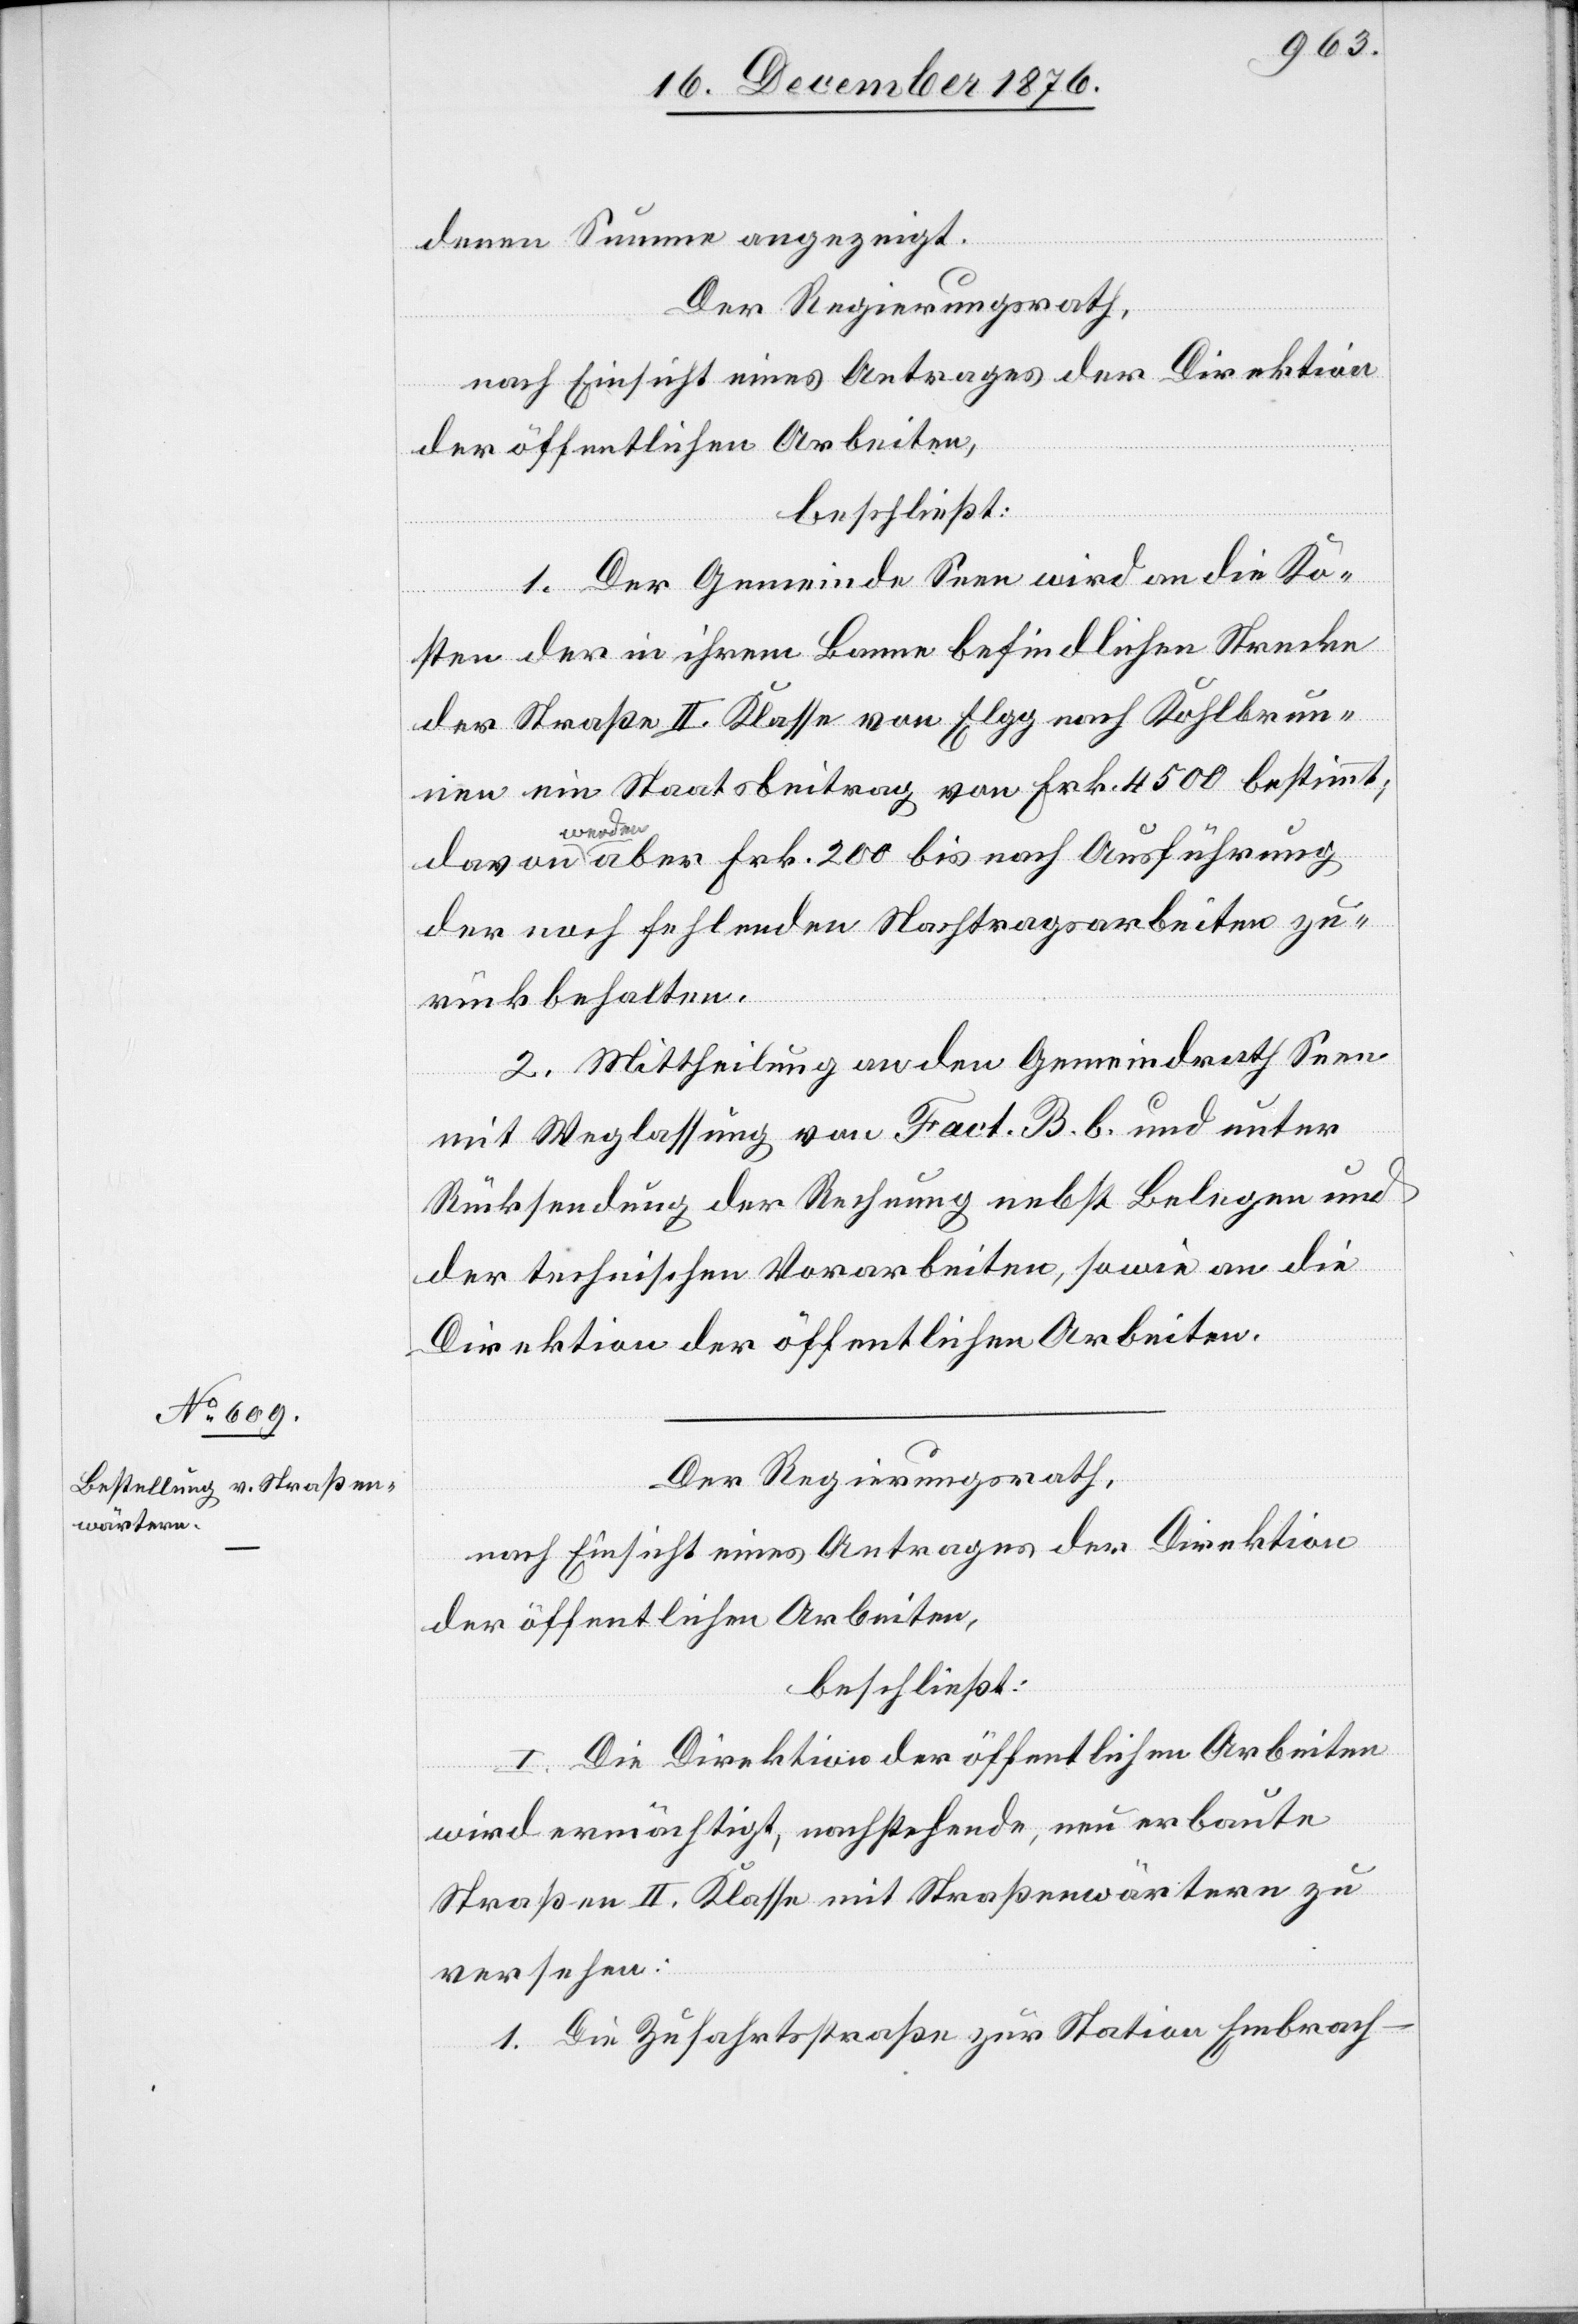
denen Summe angezeigt.
Der Regierungsrath,
nach Einsicht eines Antrages der Direktion
der öffentlichen Arbeiten,
beschließt:
1. Der Gemeinde Seen wird an die Ko¬
sten der in ihrem Banne befindlichen Strecke
der Straße II. Klasse von Elgg nach Kohlbrun¬
nen ein Staatsbeitrag von Frk. 4500 bestimmt;
davon
wer¬
den aber Frk. 200 bis nach Ausführung
der noch fehlenden Nachtragsarbeiten zu¬
rückbehalten.
2. Mittheilung an den Gemeindrath Seen
mit Weglassung von Fact. B. b. und unter
Rücksendung der Rechnung nebst Belegen und
der technischen Vorarbeiten, sowie an die
Direktion der öffentlichen Arbeiten.
Der Regierungsrath,
nach Einsicht eines Antrages der Direktion
der öffentlichen Arbeiten,
beschließt:
I. Die Direktion der öffentlichen Arbeiten
wird ermächtigt, nachstehende, neu erbaute
Straßen II. Klasse mit Straßenwärtern zu
versehen:
1. Die Zufahrtsstraße zur Station Embrach